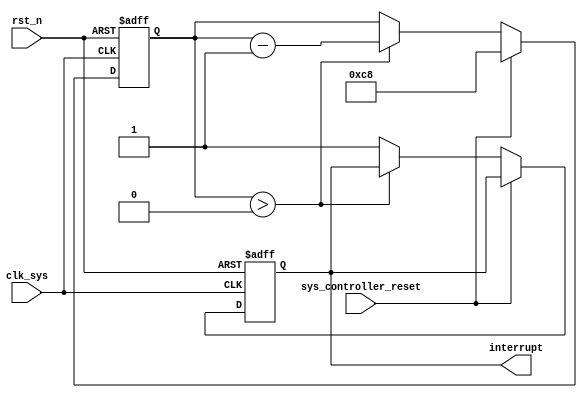
module Watchdog_timer (
    input wire clk_sys,
    input wire rst_n,
    input wire sys_controller_reset,
    output reg interrupt
);

parameter TIMER_VALUE = 16'b11001000; // Predefined value for timer initialization

reg [15:0] timer_count;

always @(posedge clk_sys or negedge rst_n) begin
    if (~rst_n) begin
        timer_count <= TIMER_VALUE; // Initialize timer with predefined value
        interrupt <= 0; // Default interrupt signal is low
    end
    else begin
        if (sys_controller_reset) begin
            timer_count <= TIMER_VALUE; // Reset timer value
        end
        else begin
            if (timer_count > 0) begin
                timer_count <= timer_count - 1; // Decrement timer count
            end
            else begin
                interrupt <= 1; // Generate interrupt signal if timer reaches zero
            end
        end
    end
end

endmodule